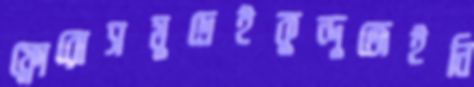
ফ্লোরোসমুদ্রেইকুন্দুজেইনি